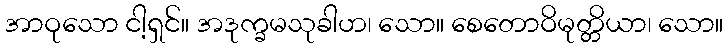
အာဝုသော ငါ့ရှင်။ အဒုက္ခမသုခါဟ၊ သော။ စေတောဝိမုတ္တိယာ၊ သော။